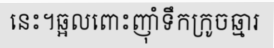
នេះ។ឆ្អលពោះញ៉ាំទឹកក្រូចឆ្មារ